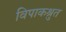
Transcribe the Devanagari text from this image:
विपाकश्रुत